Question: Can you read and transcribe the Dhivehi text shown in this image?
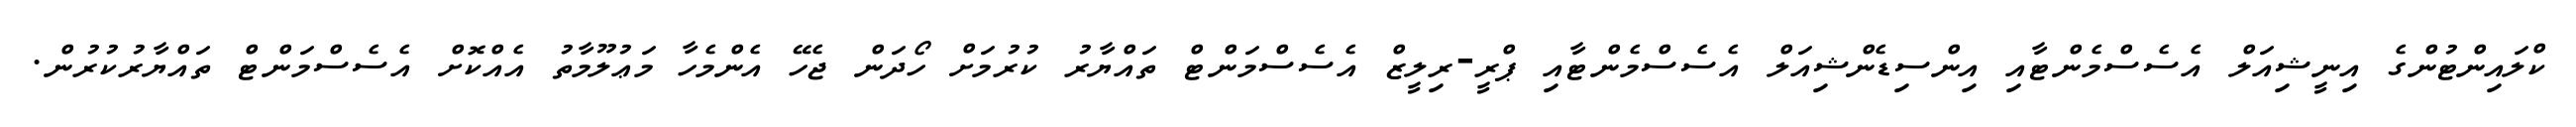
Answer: ކްލައިންޓުންގެ އިނީޝިއަލް އެސެސްމެންޓާއި އިންސިޑެންޝިއަލް އެސެސްމެންޓާއި ޕްރީ-ރިލީޒް އެސެސްމަންޓް ތައްޔާރު ކުރުމަށް ހޯދަން ޖެހޭ އެންމެހާ މަޢުލޫމާތު އެއްކޮށް އެސެސްމަންޓް ތައްޔާރުކުރުން.